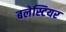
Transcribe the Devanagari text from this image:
बलेस्टियर